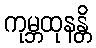
ကုမ္ဘထုနန္တိ